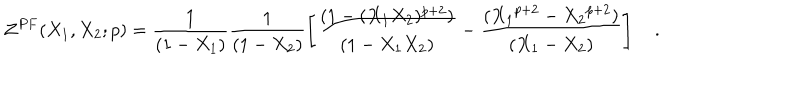
{ \cal { Z } } ^ { P F } ( X _ { 1 } , X _ { 2 } ; p ) = \frac { 1 } { ( 1 - X _ { 1 } ) } \frac { 1 } { ( 1 - X _ { 2 } ) } \left[ \frac { ( 1 - ( X _ { 1 } X _ { 2 } ) ^ { p + 2 } ) } { ( 1 - X _ { 1 } X _ { 2 } ) } - \frac { ( { X _ { 1 } } ^ { p + 2 } - { X _ { 2 } } ^ { p + 2 } ) } { ( X _ { 1 } - X _ { 2 } ) } \right] ~ .